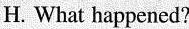
H. What happened?